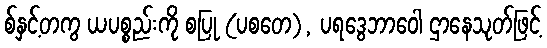
စ်နှင့်တကွ ယပစ္စည်းကို စပြု (ပစတေ), ပရဒွေဘာဝေါ ဌာနေသုတ်ဖြင့်